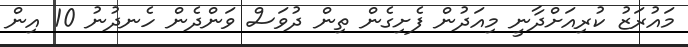
މައުރަޒު ކުރިއަށްދާނީ މިއަދުން ފެށިގެން ތިން ދުވަސް ވަންދެން ހެނދުނު 10 އިން